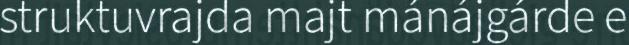
struktuvrajda majt mánájgárde e